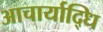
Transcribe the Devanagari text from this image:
आचार्याद्धि